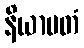
နိယာမတံ